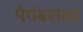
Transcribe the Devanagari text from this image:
पैगंबराला